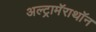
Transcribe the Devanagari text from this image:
अल्ट्रामॅराथॉन